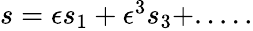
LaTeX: \begin{array}{r}{s=\epsilon s_{1}+\epsilon^{3}s_{3}+.....}\end{array}